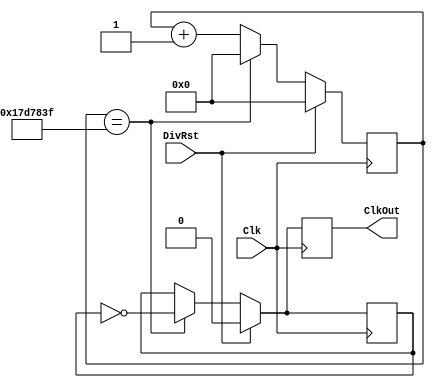
`timescale 1ns / 1ps
//////////////////////////////////////////////////////////////////////////////////
// Company: 
// Engineer: 
// 
// Design Name: 
// Module Name:    ClkDiv 
// Project Name: 
// Target Devices: 
// Tool versions: 
// Description: 
//
// Dependencies: 
//
// Revision: 
// Revision 0.01 - File Created
// Additional Comments: 
//
//////////////////////////////////////////////////////////////////////////////////
 module ClkDiv(Clk, DivRst, ClkOut);

	input Clk, DivRst;
	output reg ClkOut;

	parameter MaxCount = 'd24_999_999; // Makes a max size number
	reg [24:0] Counter; // Makes a 24 bit counter
	reg ClkInt;
	
	//Cominational Logic
	always @(posedge Clk) begin
		if(DivRst == 1) begin
			Counter <= 0; // Reset Counter

			// Inspired From Video
			ClkOut <= 0;  
			ClkInt <= 0; 
		end
		else begin
			// Checks If Count Has Maxed
			if (Counter == MaxCount) begin 
				Counter <= 0; // Resets Count
				ClkOut <= ~ClkInt; // Inputs a Flipped signal
				ClkInt <= ~ClkInt; // Switches from L to H or H to L
			end
			else begin		
				Counter <= Counter + 1; // Increments
				ClkOut <= ClkInt; // Continues the signal output
				ClkInt <= ClkInt; // Prevents Clk from changing
			end
		end
	end 

endmodule